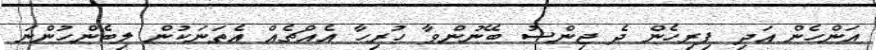
އަންހެން އަދި ފިރިހެން ދެ ޖިންސު ބޭނުންވާ ހުރިހާ އެއްޗެއް އެތަނަކުން ލިބެންހުންނަ